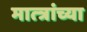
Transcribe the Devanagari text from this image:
मात्त्रांच्या